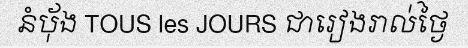
នំប៉័ង TOUS les JOURS ជារៀងរាល់ថ្ងៃ